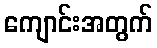
ကျောင်းအတွက်